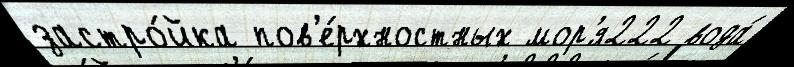
застро́йка пов'е́рхностных мор'я222 вода́